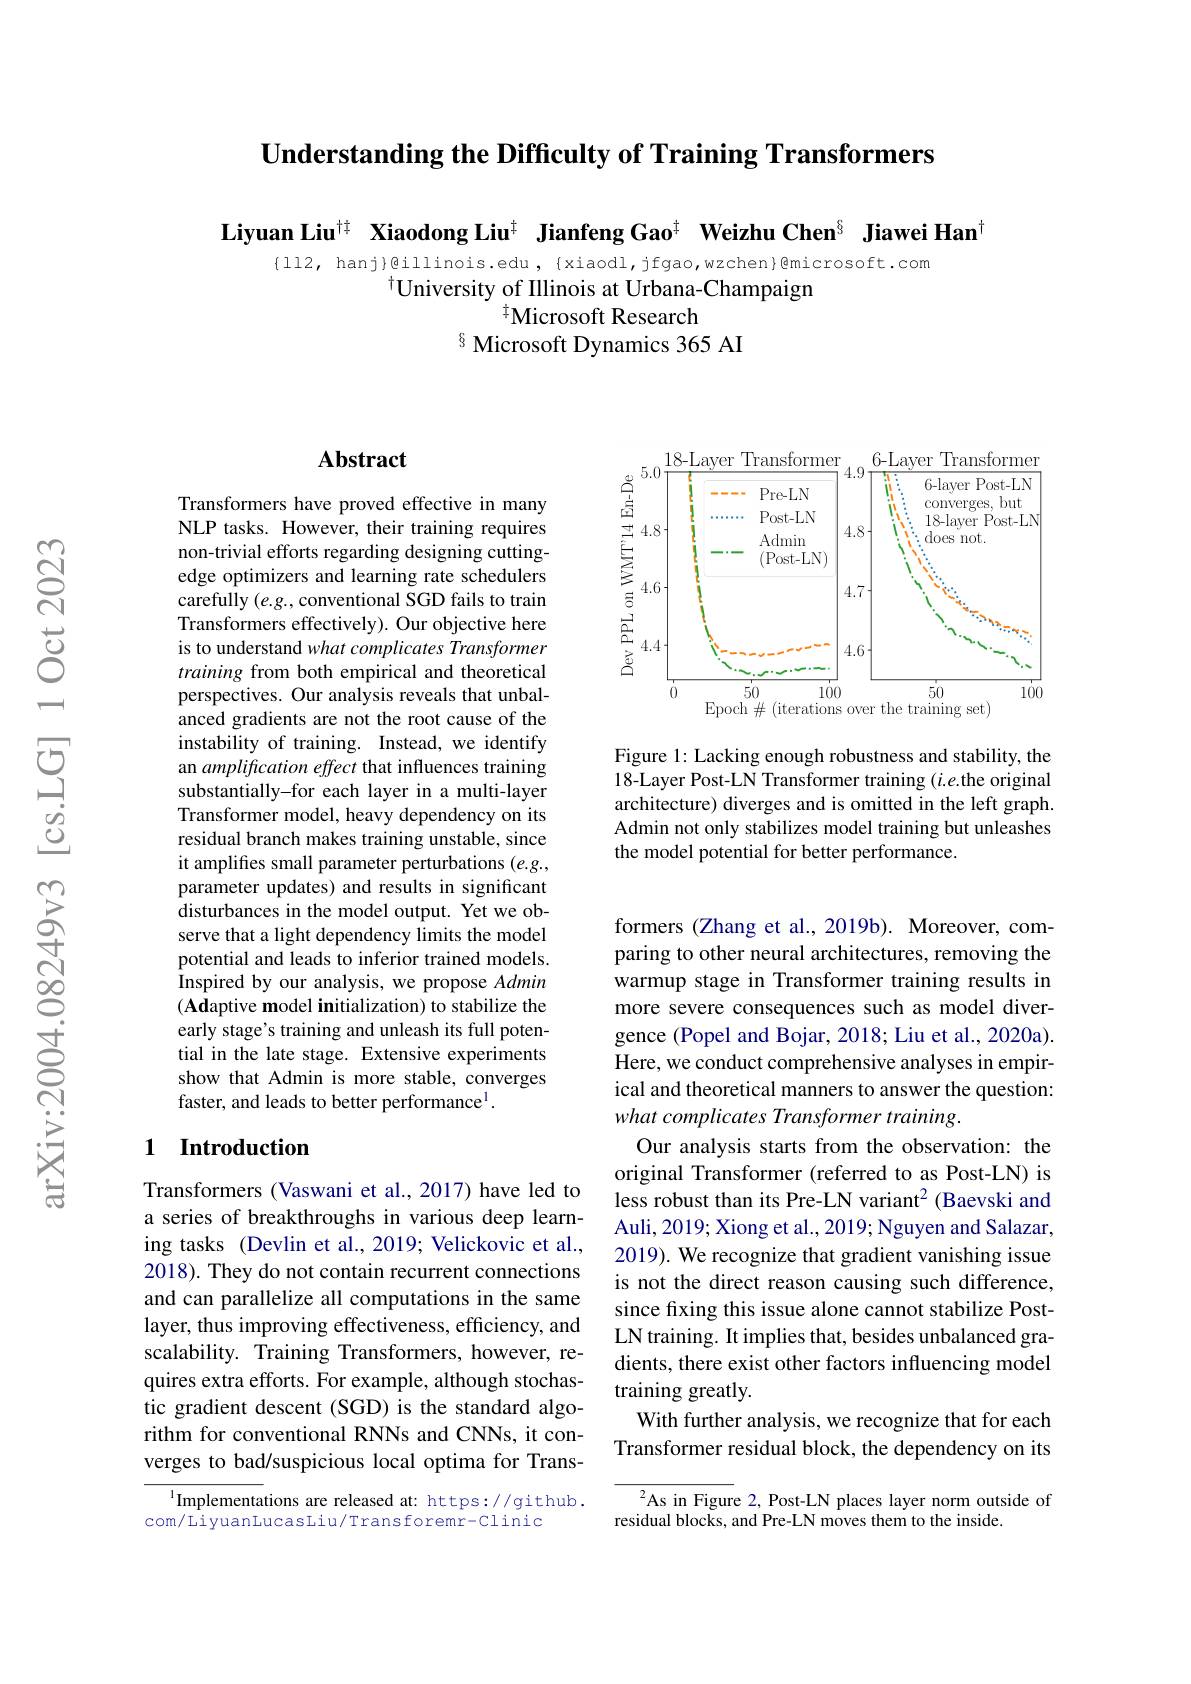
$\textbf{Understanding the Difficulty of Training Transformers}$

Liyuan Liu$^{+\dagger}$ Xiaodong Liu$^{\dagger}$ Jianfeng Gao$^{\dagger}\textbf{ Weizhu Chen}^{\S}$ Jiawei Han$^{\dagger}$

{ll2, hanj}@illinois.edu, {xiaodl,jfgao,wzchen}@microsoft.com
$^{\dagger}$University of Illinois at Urbana-Champaign
$^{\dagger}$Microsoft Research
8 Microsoft Dynamics 365 AI

### $\mathbf{Abstract}$

Transformers have proved effective in many NLP tasks. However, their training requires non-trivial efforts regarding designing cuttingedge optimizers and learning rate schedulers carefully $(e.g.$,conventional SGD fails to train Transformers effectively). Our objective here is to understand what complicates Transformer training from both empirical and theoretical perspectives. Our analysis reveals that unbalanced gradients are not the root cause of the instability of training. Instead, we identify an amplification effect that influences training substantially-for each layer in a multi-layer Transformer model, heavy dependency on its residual branch makes training unstable, since it amplifies small parameter perturbations $(e.g.$, parameter updates) and results in significant disturbances in the model output. Yet we observe that a light dependency limits the model potential and leads to inferior trained models. Inspired by our analysis, we propose Admin $(\mathbf{Ad}$aptive model initialization) to stabilize the early stage's training and unleash its full potential in the late stage. Extensive experiments show that Admin is more stable, converges faster, and leads to better performance$^{\mathrm{l}}.$

### 1 Introduction

Transformers (Vaswani et al., 2017) have led to a series of breakthroughs in various deep learning tasks (Devlin et al., 2019; Velickovic et al., 2018). They do not contain recurrent connections and can parallelize all computations in the same layer, thus improving effectiveness, efficiency, and scalability. Training Transformers, however, requires extra efforts. For example, although stochastic gradient descent (SGD) is the standard algorithm for conventional RNNs and CNNs, it converges to bad/suspicious local optima for Trans-

$^{1}$Implementations are released at: https://github.
com/LiyuanLucasLiu/Transforemr-Clinic

<FigureHere>

Figure 1: Lacking enough robustness and stability, the 18-Layer Post-LN Transformer training $(i.e.$the original architecture) diverges and is omitted in the left graph. Admin not only stabilizes model training but unleashes the model potential for better performance.

formers (Zhang et al.,2019b). Moreover, comparing to other neural architectures, removing the warmup stage in Transformer training results in more severe consequences such as model divergence (Popel and Bojar, 2018; Liu et al., 2020a). Here, we conduct comprehensive analyses in empirical and theoretical manners to answer the question: what complicates Transformer training.
Our analysis starts from the observation: the original Transformer (referred to as Post-LN) is less robust than its Pre-LN variant$^2$ (Baevski and Auli, 2019; Xiong et al., 2019; Nguyen and Salazar, 2019). We recognize that gradient vanishing issue is not the direct reason causing such difference, since fxing this issue alone cannot stabilize PostLN training. It implies that, besides unbalanced gradients, there exist other factors influencing model training greatly.
With further analysis, we recognize that for each Transformer residual block, the dependency on its

${^2}$As in Figure 2, Post-LN places layer norm outside of
residual blocks, and Pre-LN moves them to the inside.